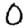
Digit: 0